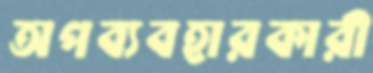
অপব্যবহারকারী